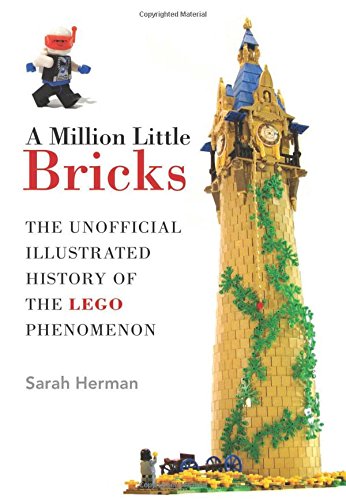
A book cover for A Million Little Bricks: The Unofficial Illustrated History of the LEGO Phenomenon; Sarah Herman; Crafts, Hobbies & Home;